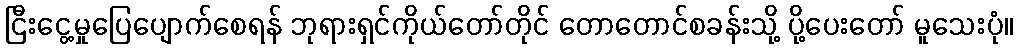
ငြီးငွေ့မှုပြေပျောက်စေရန် ဘုရားရှင်ကိုယ်တော်တိုင် တောတောင်စခန်းသို့ ပို့ပေးတော် မူသေးပုံ။